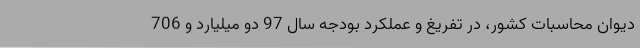
دیوان محاسبات کشور، در تفریغ و عملکرد بودجه سال 97 دو میلیارد و 706